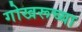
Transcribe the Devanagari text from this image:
गोखरूच्या